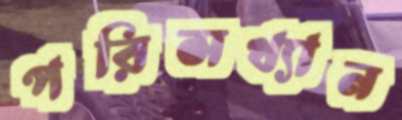
পরিসখ্যান